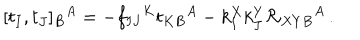
[ t _ { I } , t _ { J } ] _ { B } { } ^ { A } = - f _ { I J } { } ^ { K } t _ { K B } { } ^ { A } - k _ { I } ^ { X } k _ { J } ^ { Y } { \cal R } _ { X Y B } { } ^ { A } \, .